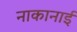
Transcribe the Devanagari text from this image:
नाकानाई